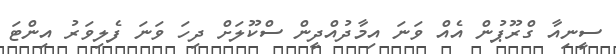
ސީނިއާ ގްރޫޕުން އެއް ވަނަ އިމާދުއްދީން ސްކޫލަށް ދިހަ ވަނަ ފެލިވަރު އިންޓަ